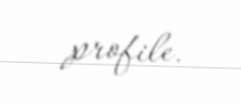
profile.